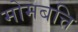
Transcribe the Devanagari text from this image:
मोमबत्ति